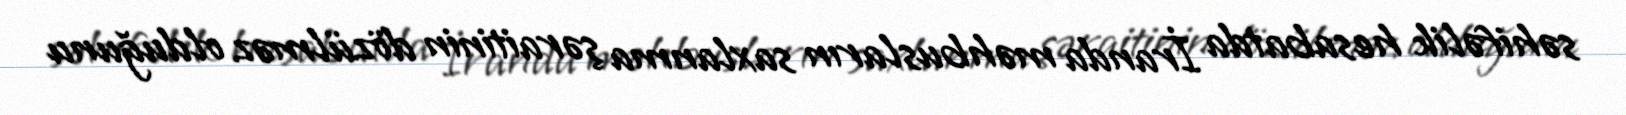
səhifəlik hesabatda İranda məhbusların saxlanma şəraitinin dözülməz olduğunu